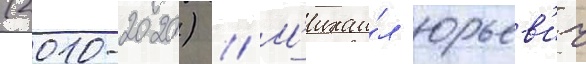
(2010-2020) // М'ихаи́л юрьев'ич